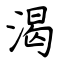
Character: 渴